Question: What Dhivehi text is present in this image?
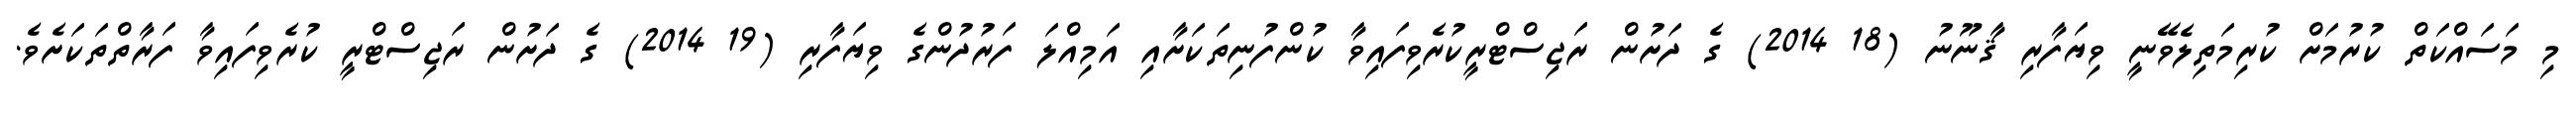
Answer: މި މަސައްކަތް ކުރުމަށް ކުރިމަތިލެވޭނީ ވިޔަފާރި ޤާނޫނު (18 2014) ގެ ދަށުން ރަޖިސްޓްރީކުރެވިފައިވާ ކުންފުނިތަކަށާއި އަމިއްލަ ފަރުދުންގެ ވިޔަފާރި (19 2014) ގެ ދަށުން ރަޖިސްޓްރީ ކުރެވިފައިވާ ފަރާތްތަކަށެވެ.